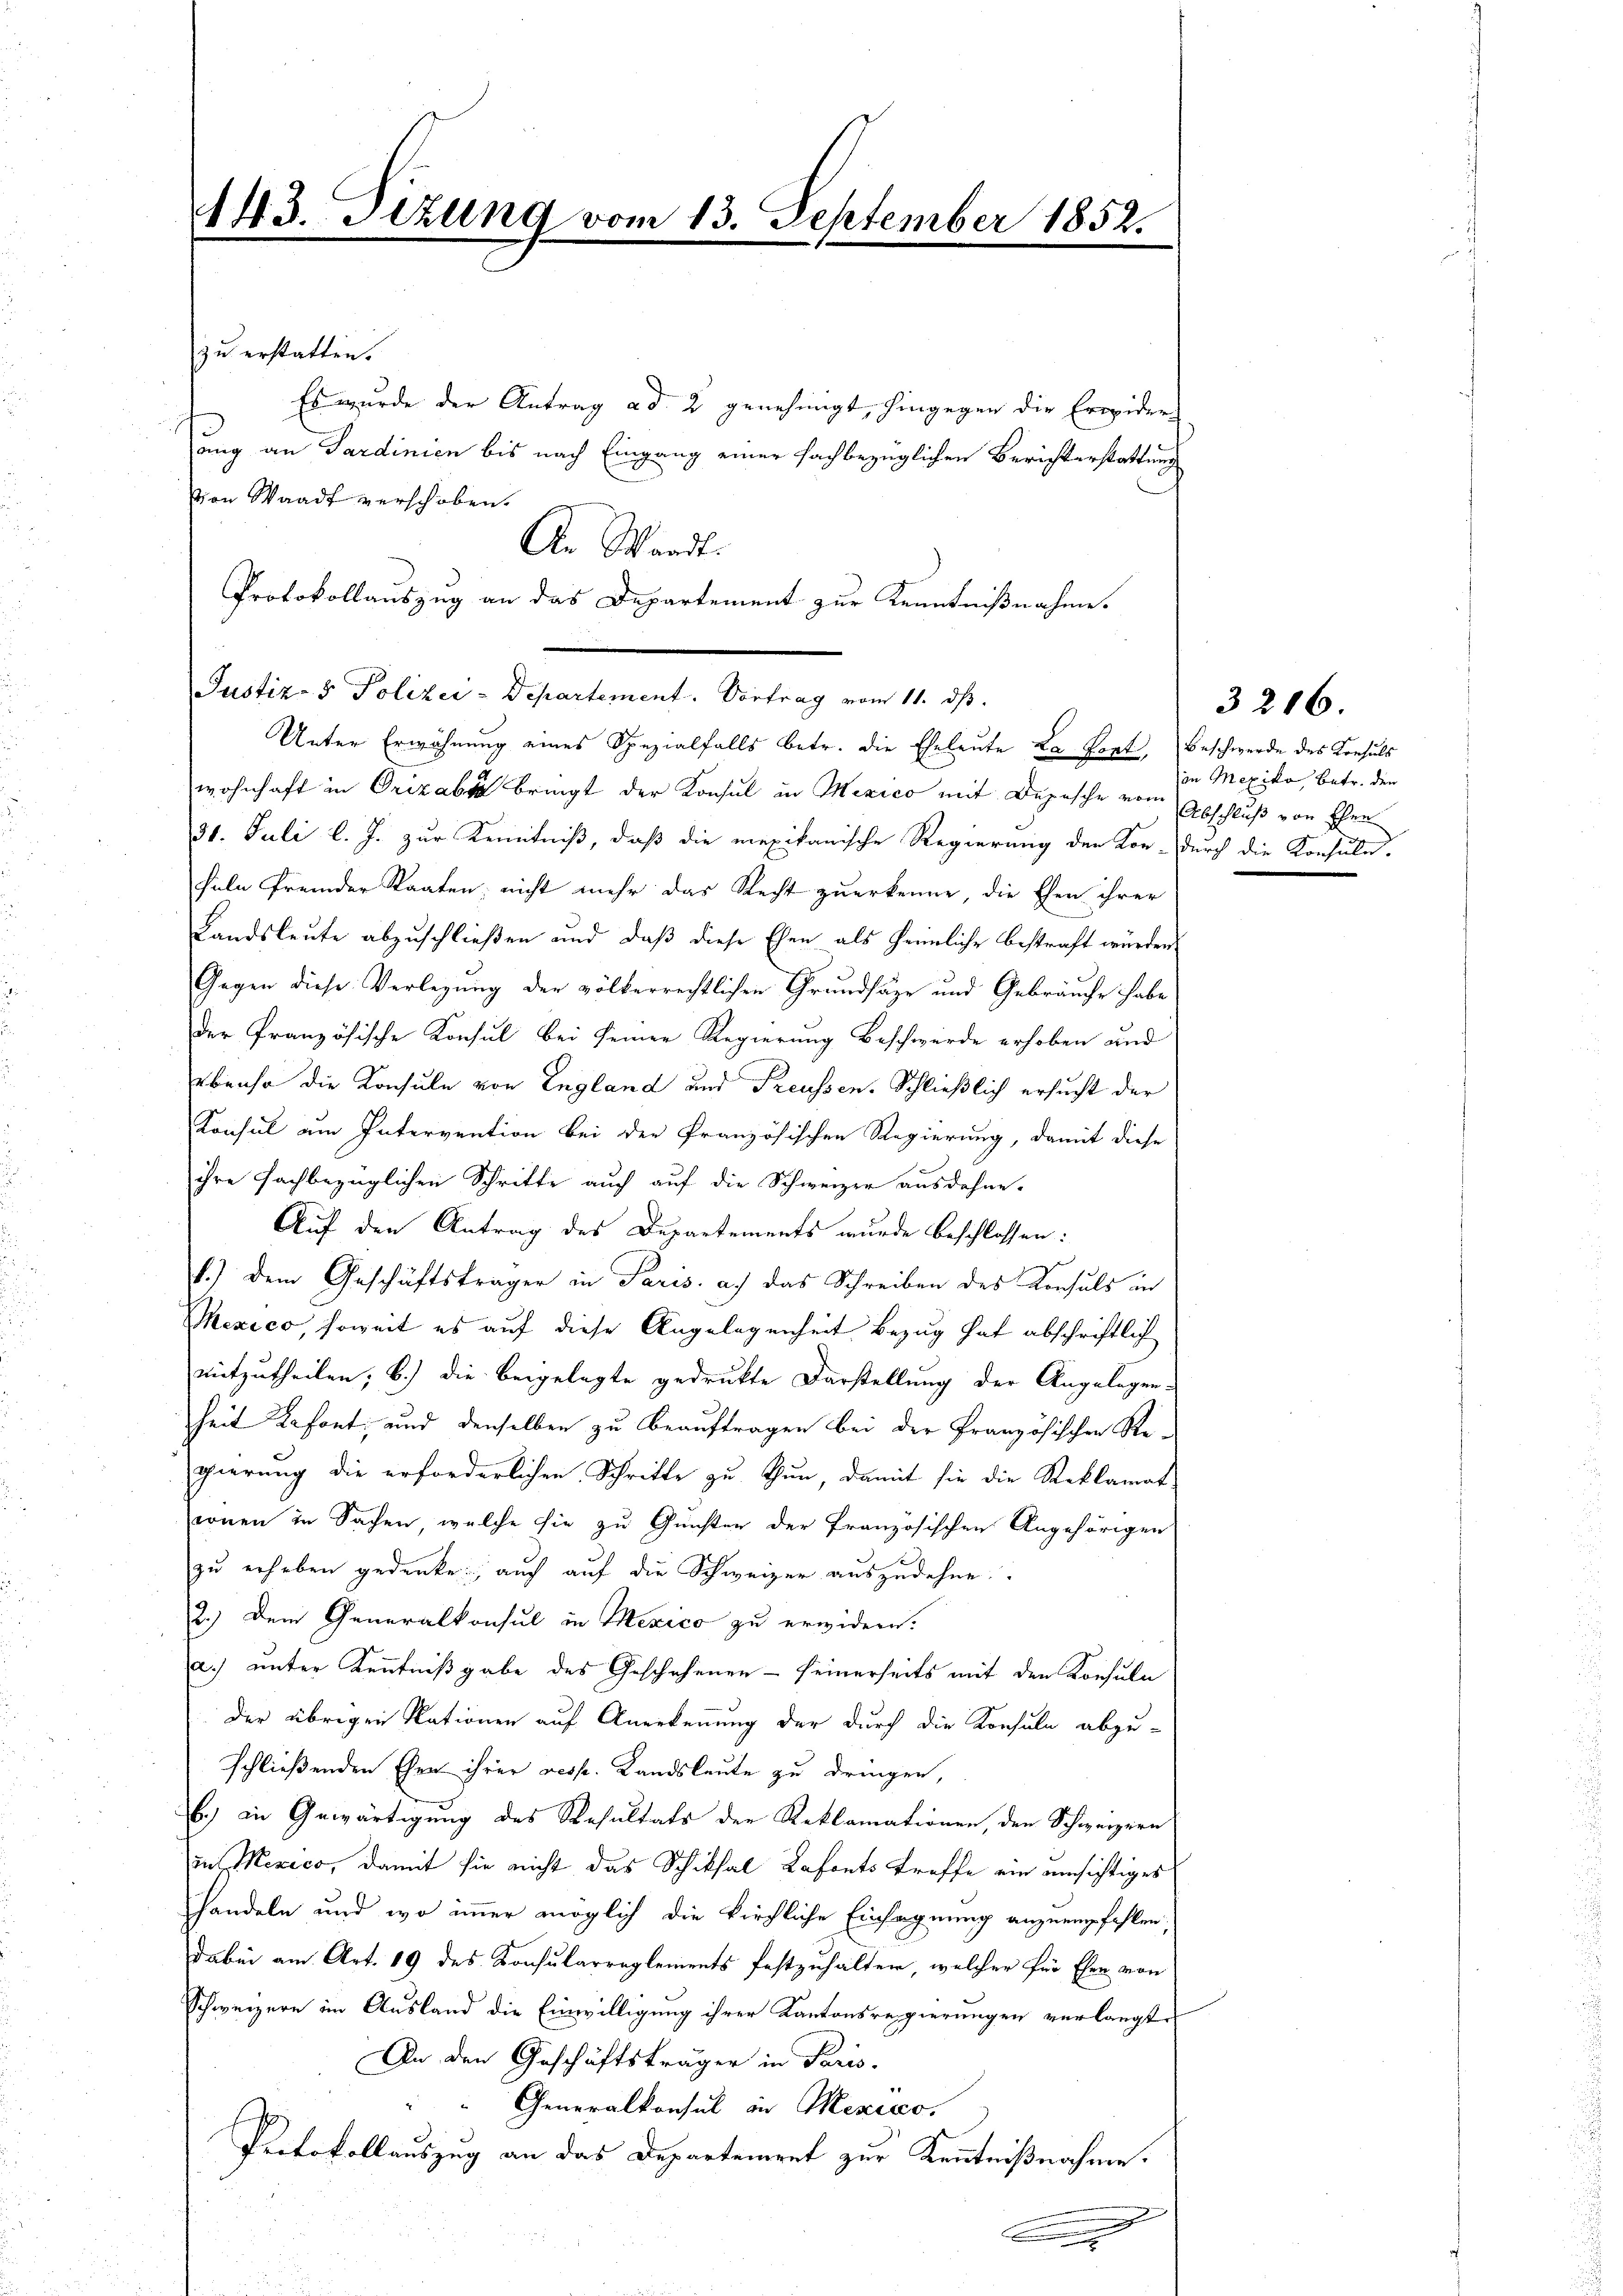
143. Sizung vom 13. September 1852.

zu erstatten.
Es wurde der Antrag ad 2 genehmigt, hingegen die Erwider
ang an Sardinien bis nach Eingang einer fachbezüglichen Berichterstattung
von Waadt verschoben.
Justiz- & Polizei-Departement. Vortrag vom 11. ds.
wohnhaft in Orizabs bringt der Konsul in Mexico mit Depesche vom Abschluß von Eher
31. Juli l. J. zur Kenntniß, daß die mexikanische Regierung der Kor-durch die Konsula-
feln fremder Staaten nicht mehr das Recht zuerkenne, die Ehen ihrer
Landsleute abzuschließen und daβ diese Ehen als heimliche bestraft würden.
Gegen diese Verlegung der völkerrechtlichen Grundsätze und Gebräuche habe
der französische Konsul bei seiner Regierung Beschwerde erhoben und
ebenso die Konsuln von England und Preussen. Schließlich ersucht der
Consul um Intervention bei der französischen Regierung, damit diese
ihre fachbezüglichen Schritte auch auf die Schweizer ausdehne.
Auf den Antrag des Departements wurde beschlossen:
1.) Dem Geschäftsträger in Paris. a. das Schreiben des Konsuls in
Mexico, soweit es auf diese Angelegenheit Bezug hat abschriftlich
mitzutheilen; b.) die beigelegte gedrukte Darstellung der Angelegen-
heit Kafont; und denselben zu beauftragen bei der Französischen Regierung die erforderlichen Schritte zu thun, damit sie die Reklamat
conen in Sachen, welche sie zu Gunsten der Französischen Angehörigen
zu erheben gedenke auch auf die Schweizer auszudehne
2.) Dem Generalkonsul in Mexico zu erwidern.
a.) unter Kenntnißgabe des Geschehenen - seinerseits mit den Konsula
der übrigen Nationen auf Anerkennung der durch die Konsula abzu-
schließenden Ehen ihrer resp. Landsleute zu dringen,
b.) in Gewärtigung des Resultats der Reklamationen, den Schweizern
in Mexico, damit sie nicht das Schiksal Lafonts treffe ein einsichtiges
handeln und wo immer möglich die kirchliche Einsegnung anzuempfehlen.
dabei am Art. 19 des Konsularreglements festzuhalten, welcher für Ehen von
Schweizern in Ausland die Einwilligung ihrer Kantonsregierungen verlangt,
An den Geschäftsträger in Paris.
Generalkonsul in Mexico,
Protokollauszug an das Departement zur Kenntnißnahme.
g

An Waadt:

Protokollauszug an das Departement zur Kenntnißnahme.
Unter Erwähnung eines Spezialfalls betr. die Eheleute La Port, Beschwerde des Konsuls

.

in Mexiko, betr. den

3216.